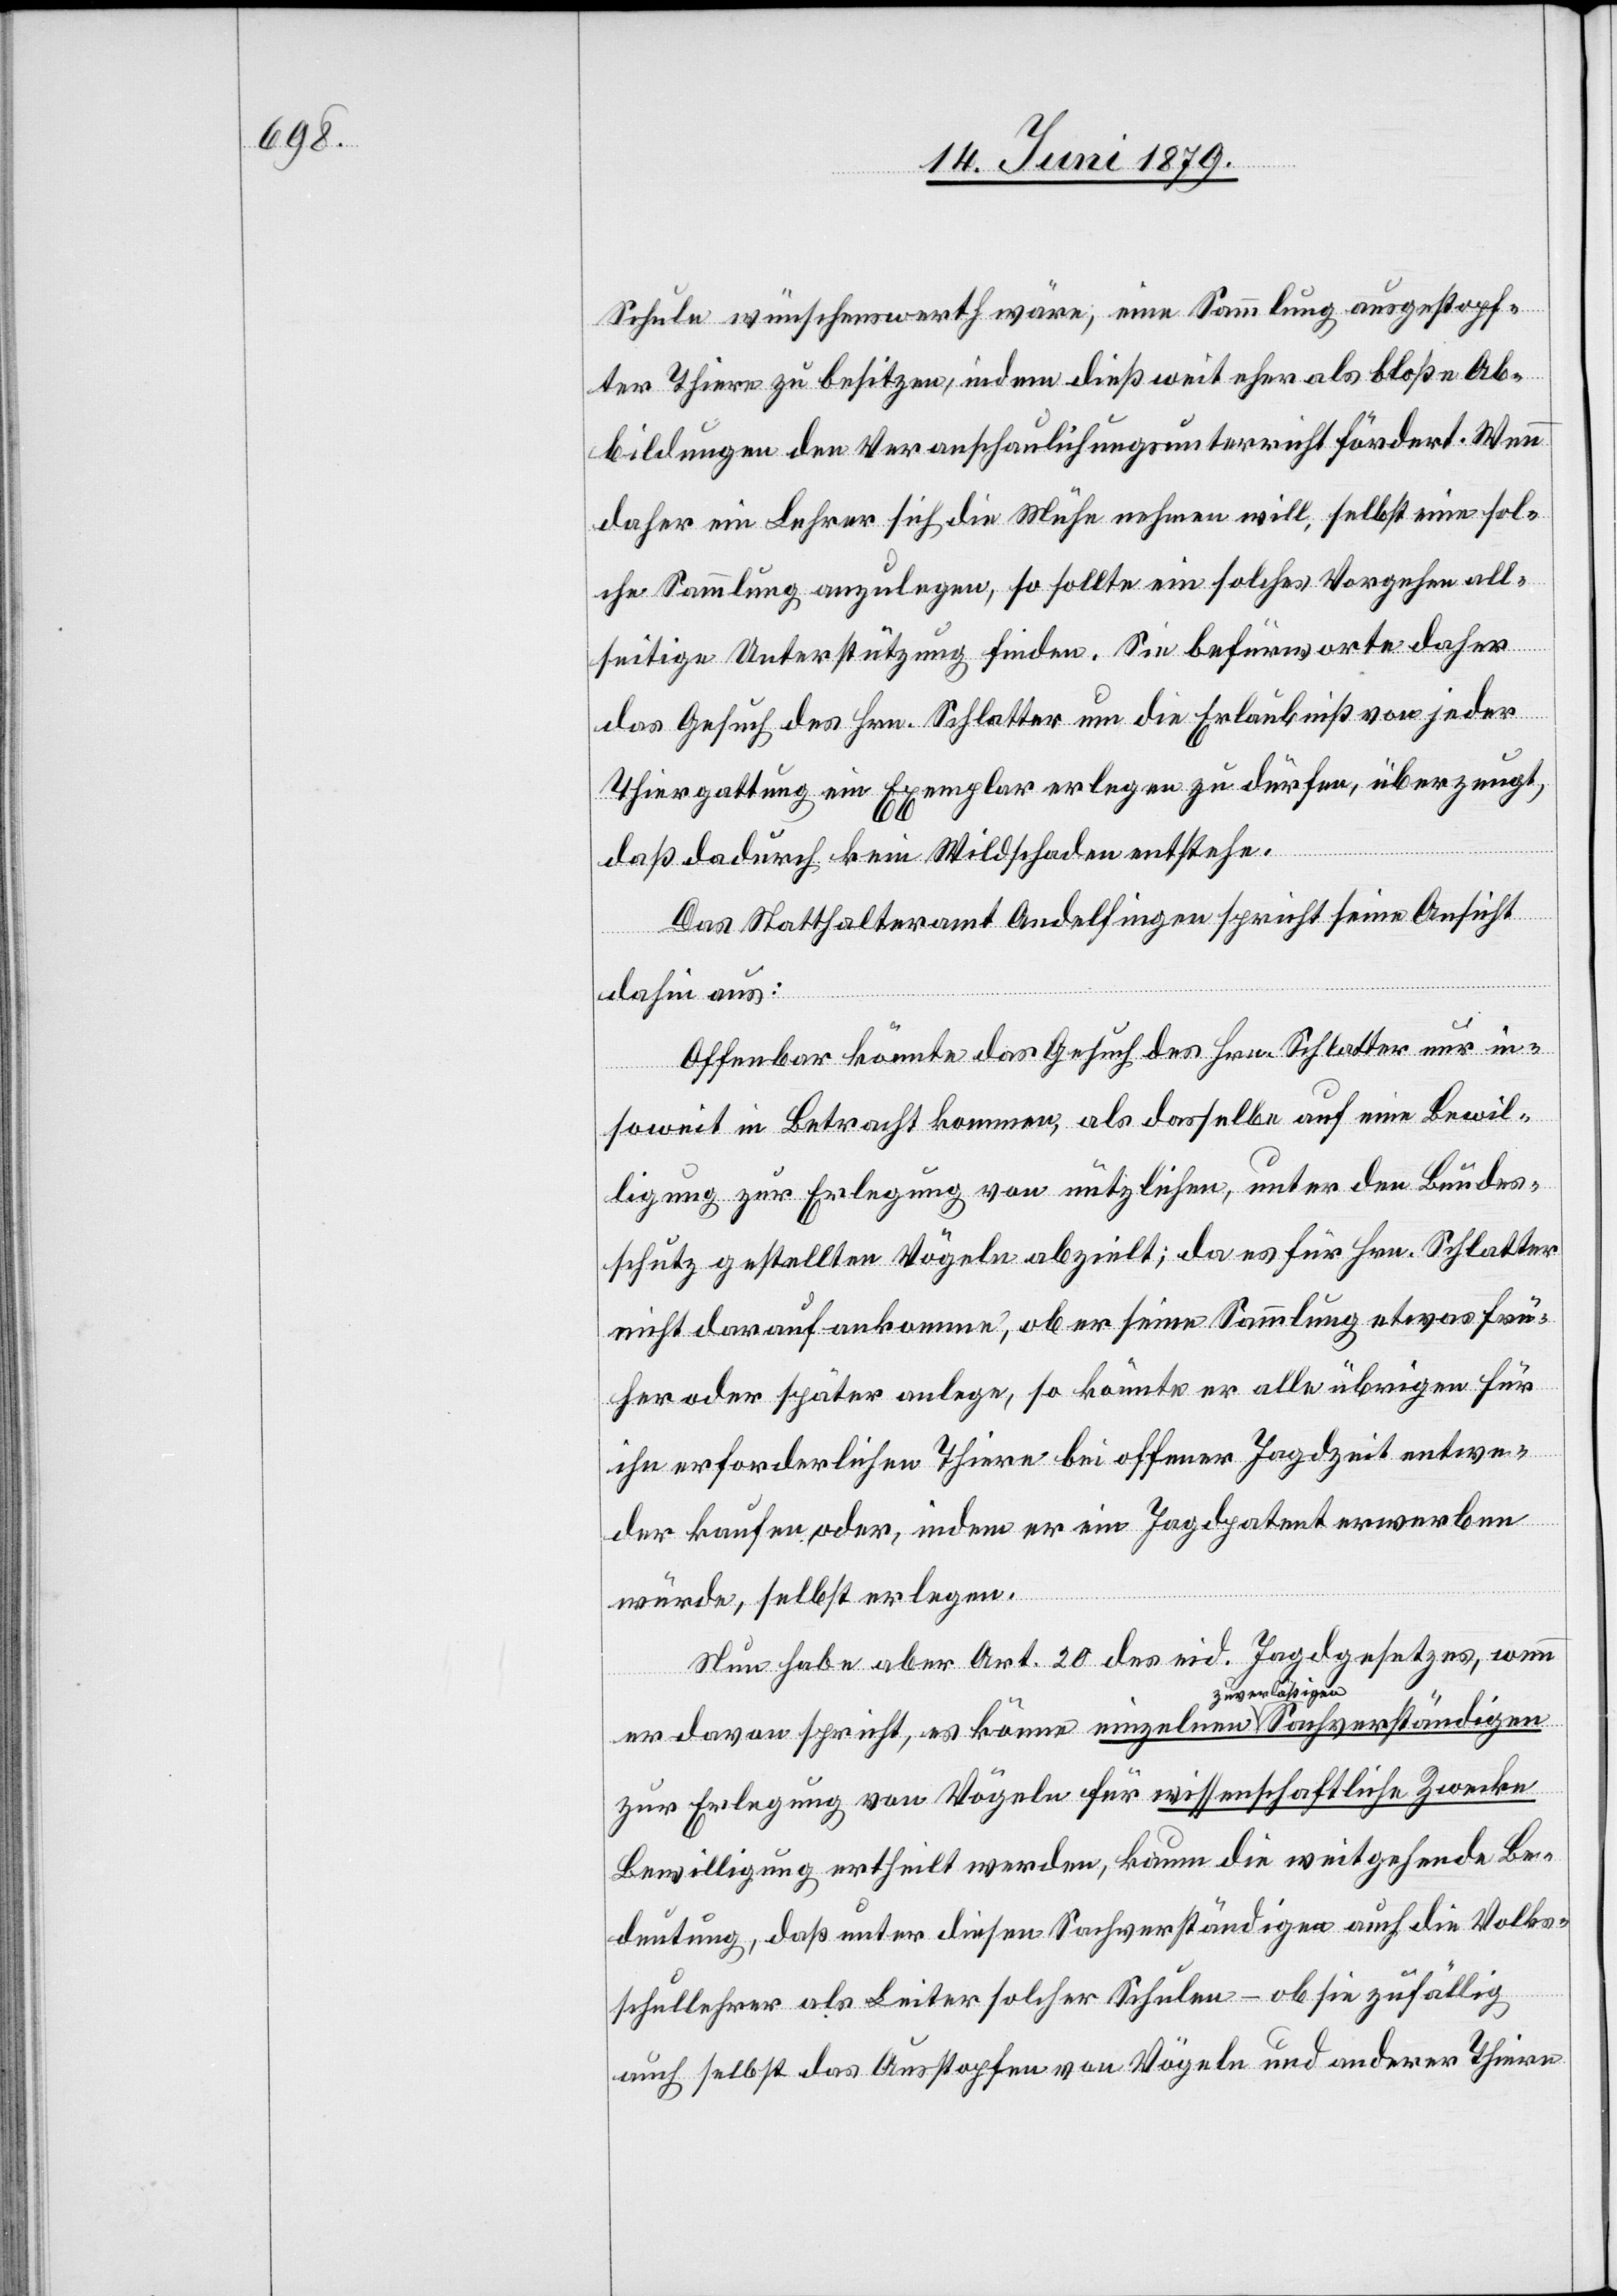
Schule wünschenswerth wäre, eine Sammlung ausgestopf¬
ter Thiere zu besitzen, indem dieß weit eher als bloße Ab¬
bildungen den Veranschaulichungsunterricht fördert. Wenn
daher ein Lehrer sich die Mühe nehmen will, selbst eine sol¬
che Sammlung anzulegen, so sollte ein solches Vorgehen all¬
seitige Unterstützung finden. Sie befürworte daher
das Gesuch des Hrn. Schlatter um die Erlaubniß von jeder
Thiergattung ein Exemplar erlegen zu dürfen, überzeugt,
daß dadurch kein Wildschaden entstehe.
Das Statthalteramt Andelfingen spricht seine Ansicht
dahin aus:
Offenbar könnte das Gesuch des Hrn. Schlatter nur in¬
soweit in Betracht kommen, als dasselbe auf eine Bewil¬
ligung zur Erlegung von nützlichen, unter den Bundes¬
schutz gestellten Vögeln abzielt; da es für Hrn. Schlatter
nicht darauf ankomme, ob er seine Sammlung etwas frü¬
her oder später anlege, so könnte er alle übrigen für
ihn erforderlichen Thiere bei offener Jagdzeit entwe¬
der kaufen oder, indem er ein Jagdpatent erwerben
würde, selbst erlegen.
Nun habe aber Art. 20 des eid. Jagdgesetzes, wenn
er davon spricht, es könne einzelnen zuverläßigen
zur Erlegung von Vögeln für wissenschaftliche Zwecke
Bewilligung ertheilt werden, kaum die weitgehende Be¬
deutung, daß unter diesen Sachverständigen auch die Volks¬
schullehrer als Leiter solcher Schulen – ob sie zufällig
auch selbst das Ausstopfen von Vögeln und anderer Thiere